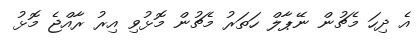
އެ ދިހަ މެޗުން ނޭޕާލް ހަތަރު މެޗުން މޮޅުވި އިރު ރާއްޖެ މޮޅު